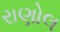
રાણોલ